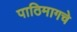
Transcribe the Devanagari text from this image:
पाठिमागचे